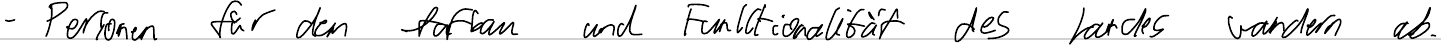
- Personen für den Aufbau und Funktionalität des Landes wandern ab.